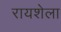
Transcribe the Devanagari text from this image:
रायशेला